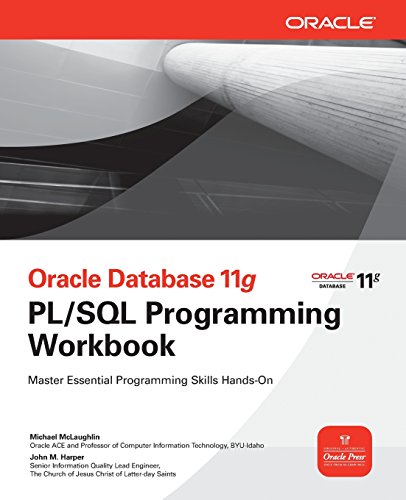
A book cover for Oracle Database 11g PL/SQL Programming Workbook (Oracle Press); Michael McLaughlin; Computers & Technology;